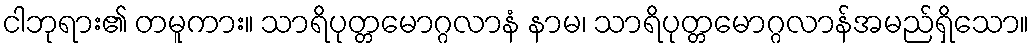
ငါဘုရား၏ တမူကား။ သာရိပုတ္တမောဂ္ဂလာနံ နာမ၊ သာရိပုတ္တမောဂ္ဂလာန်အမည်ရှိသော။